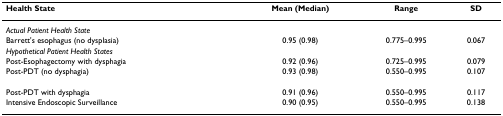
<table><thead><tr><td><b>Health State</b></td><td><b>Mean (Median)</b></td><td><b>Range</b></td><td><b>SD</b></td></tr></thead><tbody><tr><td><i>Actual Patient Health State</i></td><td></td><td></td><td></td></tr><tr><td>Barrett&#x27;s esophagus (no dysplasia)</td><td>0.95 (0.98)</td><td>0.775–0.995</td><td>0.067</td></tr><tr><td><i>Hypothetical Patient Health States</i></td><td></td><td></td><td></td></tr><tr><td>Post-Esophagectomy with dysphagia</td><td>0.92 (0.96)</td><td>0.725–0.995</td><td>0.079</td></tr><tr><td>Post-PDT (no dysphagia)</td><td>0.93 (0.98)</td><td>0.550–0.995</td><td>0.107</td></tr><tr><td>Post-PDT with dysphagia</td><td>0.91 (0.96)</td><td>0.550–0.995</td><td>0.117</td></tr><tr><td>Intensive Endoscopic Surveillance</td><td>0.90 (0.95)</td><td>0.550–0.995</td><td>0.138</td></tr></tbody></table>